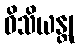
ဝိသိယန္တု